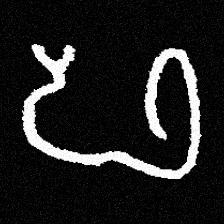
Pyu character \u2014 Myanmar letter: ဖ (romanized: pha)